Report of an investigation of the epidemic of malarial fever in Assam, or, kala-azar
Disease focus: Malaria
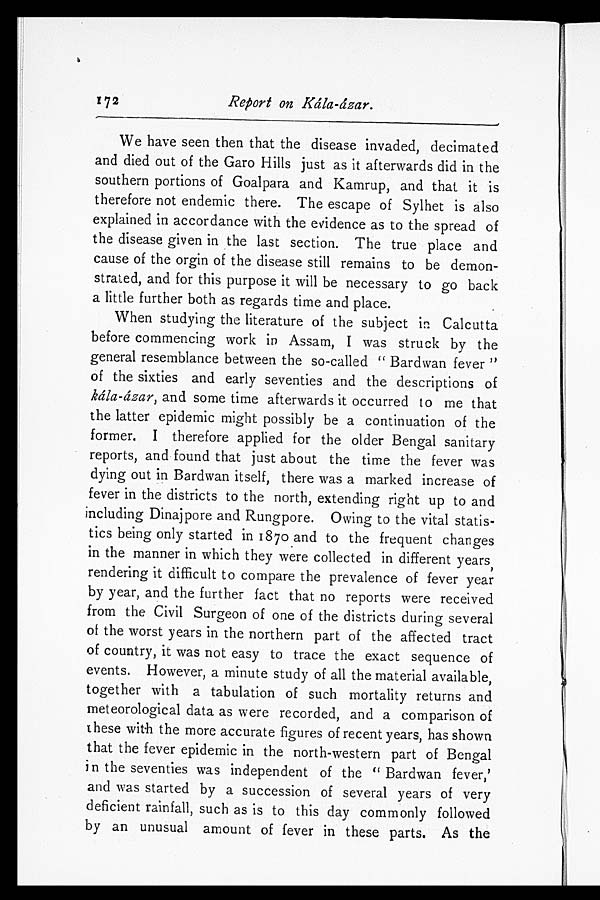
We have seen then that the disease invaded, decimated
and died out of the Garo Hills just as it afterwards did in the
southern portions of Goalpara and Kamrup, and that it is
therefore not endemic there. The escape of Sylhet is also
explained in accordance with the evidence as to the spread of
the disease given in the last section. The true place and
cause of the orgin of the disease still remains to be demon
-strated, and for this purpose it will be necessary to go back
a little further both as regards time and place.
When studying the literature of the subject in Calcutta
before commencing work in Assam, I was struck by the
general resemblance between the so-called "Bardwan fever"
of the sixties and early seventies and the descriptions of
kála-ázar, and some time afterwards it occurred to me that
the latter epidemic might possibly be a continuation of the
former. I therefore applied for the older Bengal sanitary
reports, and found that just about the time the fever was
dying out in Bardwan itself, there was a marked increase of
fever in the districts to the north, extending right up to and
including Dinajpore and Rungpore. Owing to the vital stati
s-tics being only started in 1870 and to the frequent changes
in the manner in which they were collected in different years,
rendering it difficult to compare the prevalence of fever year
by year, and the further fact that no reports were received
from the Civil Surgeon of one of the districts during several
of the worst years in the northern part of the affected tract
of country, it was not easy to trace the exact sequence of
events. However, a minute study of all the material available,
together with a tabulation of such mortality returns and
meteorological data as were recorded, and a comparison of
these with the more accurate figures of recent years, has shown
that the fever epidemic in the north-western part of Bengal
in the seventies was independent of the "Bardwan fever,'
and was started by a succession of several years of very
deficient rainfall, such as is to this day commonly followed
by an unusual amount of fever in these parts. As the